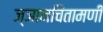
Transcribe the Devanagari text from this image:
ज्ञानचिंतामणी